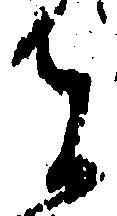
者